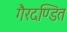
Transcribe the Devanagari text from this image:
गैरदण्डित